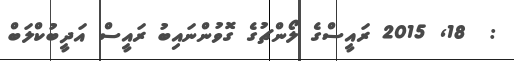
:  18